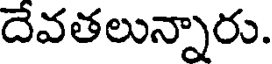
దేవతలున్నారు.